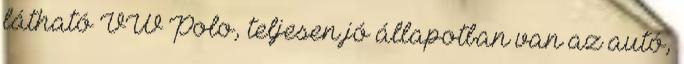
látható VW Polo, teljesen jó állapotban van az autó,